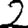
Digit: 2